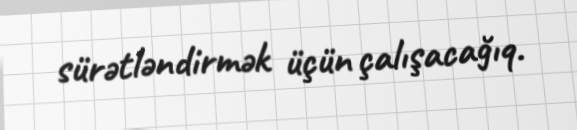
sürətləndirmək üçün çalışacağıq.